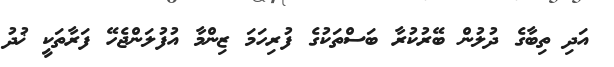
އަދި ތިބާގެ ދުލުން ބޭރުކުރާ ބަސްތަކުގެ ފުރިހަމަ ޒިންމާ އުފުލަންޖެހޭ ފަރާތަކީ ޚުދު